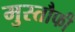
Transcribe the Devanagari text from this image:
मुस्तौफी